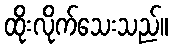
ထိုးလိုက်သေးသည်။